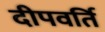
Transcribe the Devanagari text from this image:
दीपवर्ति